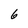
Character: 6